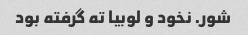
شور. نخود و لوبیا ته گرفته بود